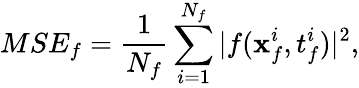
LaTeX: MSE_{f}=\frac{1}{N_{f}}\sum_{i=1}^{N_{f}}|f(\mathbf{x}_{f}^{i},t_{f}^{i})|^{2},